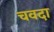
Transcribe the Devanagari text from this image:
चवदा